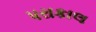
પરાકાલ